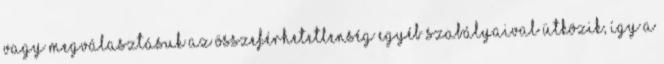
vagy megválasztásuk az összeférhetetlenség egyéb szabályaival ütközik, így a